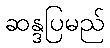
ဆန္ဒပြမည်